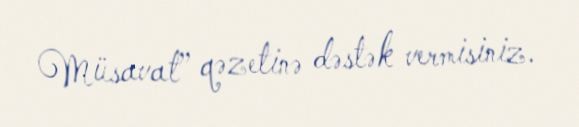
Müsavat” qəzetinə dəstək vermisiniz.